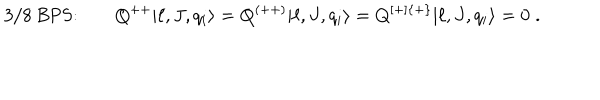
LaTeX: \mathrm { 3 / 8 ~ B P S : } \qquad Q ^ { + + } | \ell , J , q _ { i } \rangle = Q ^ { ( + + ) } | \ell , J , q _ { i } \rangle = Q ^ { [ + ] \{ + \} } | \ell , J , q _ { i } \rangle = 0 \; .